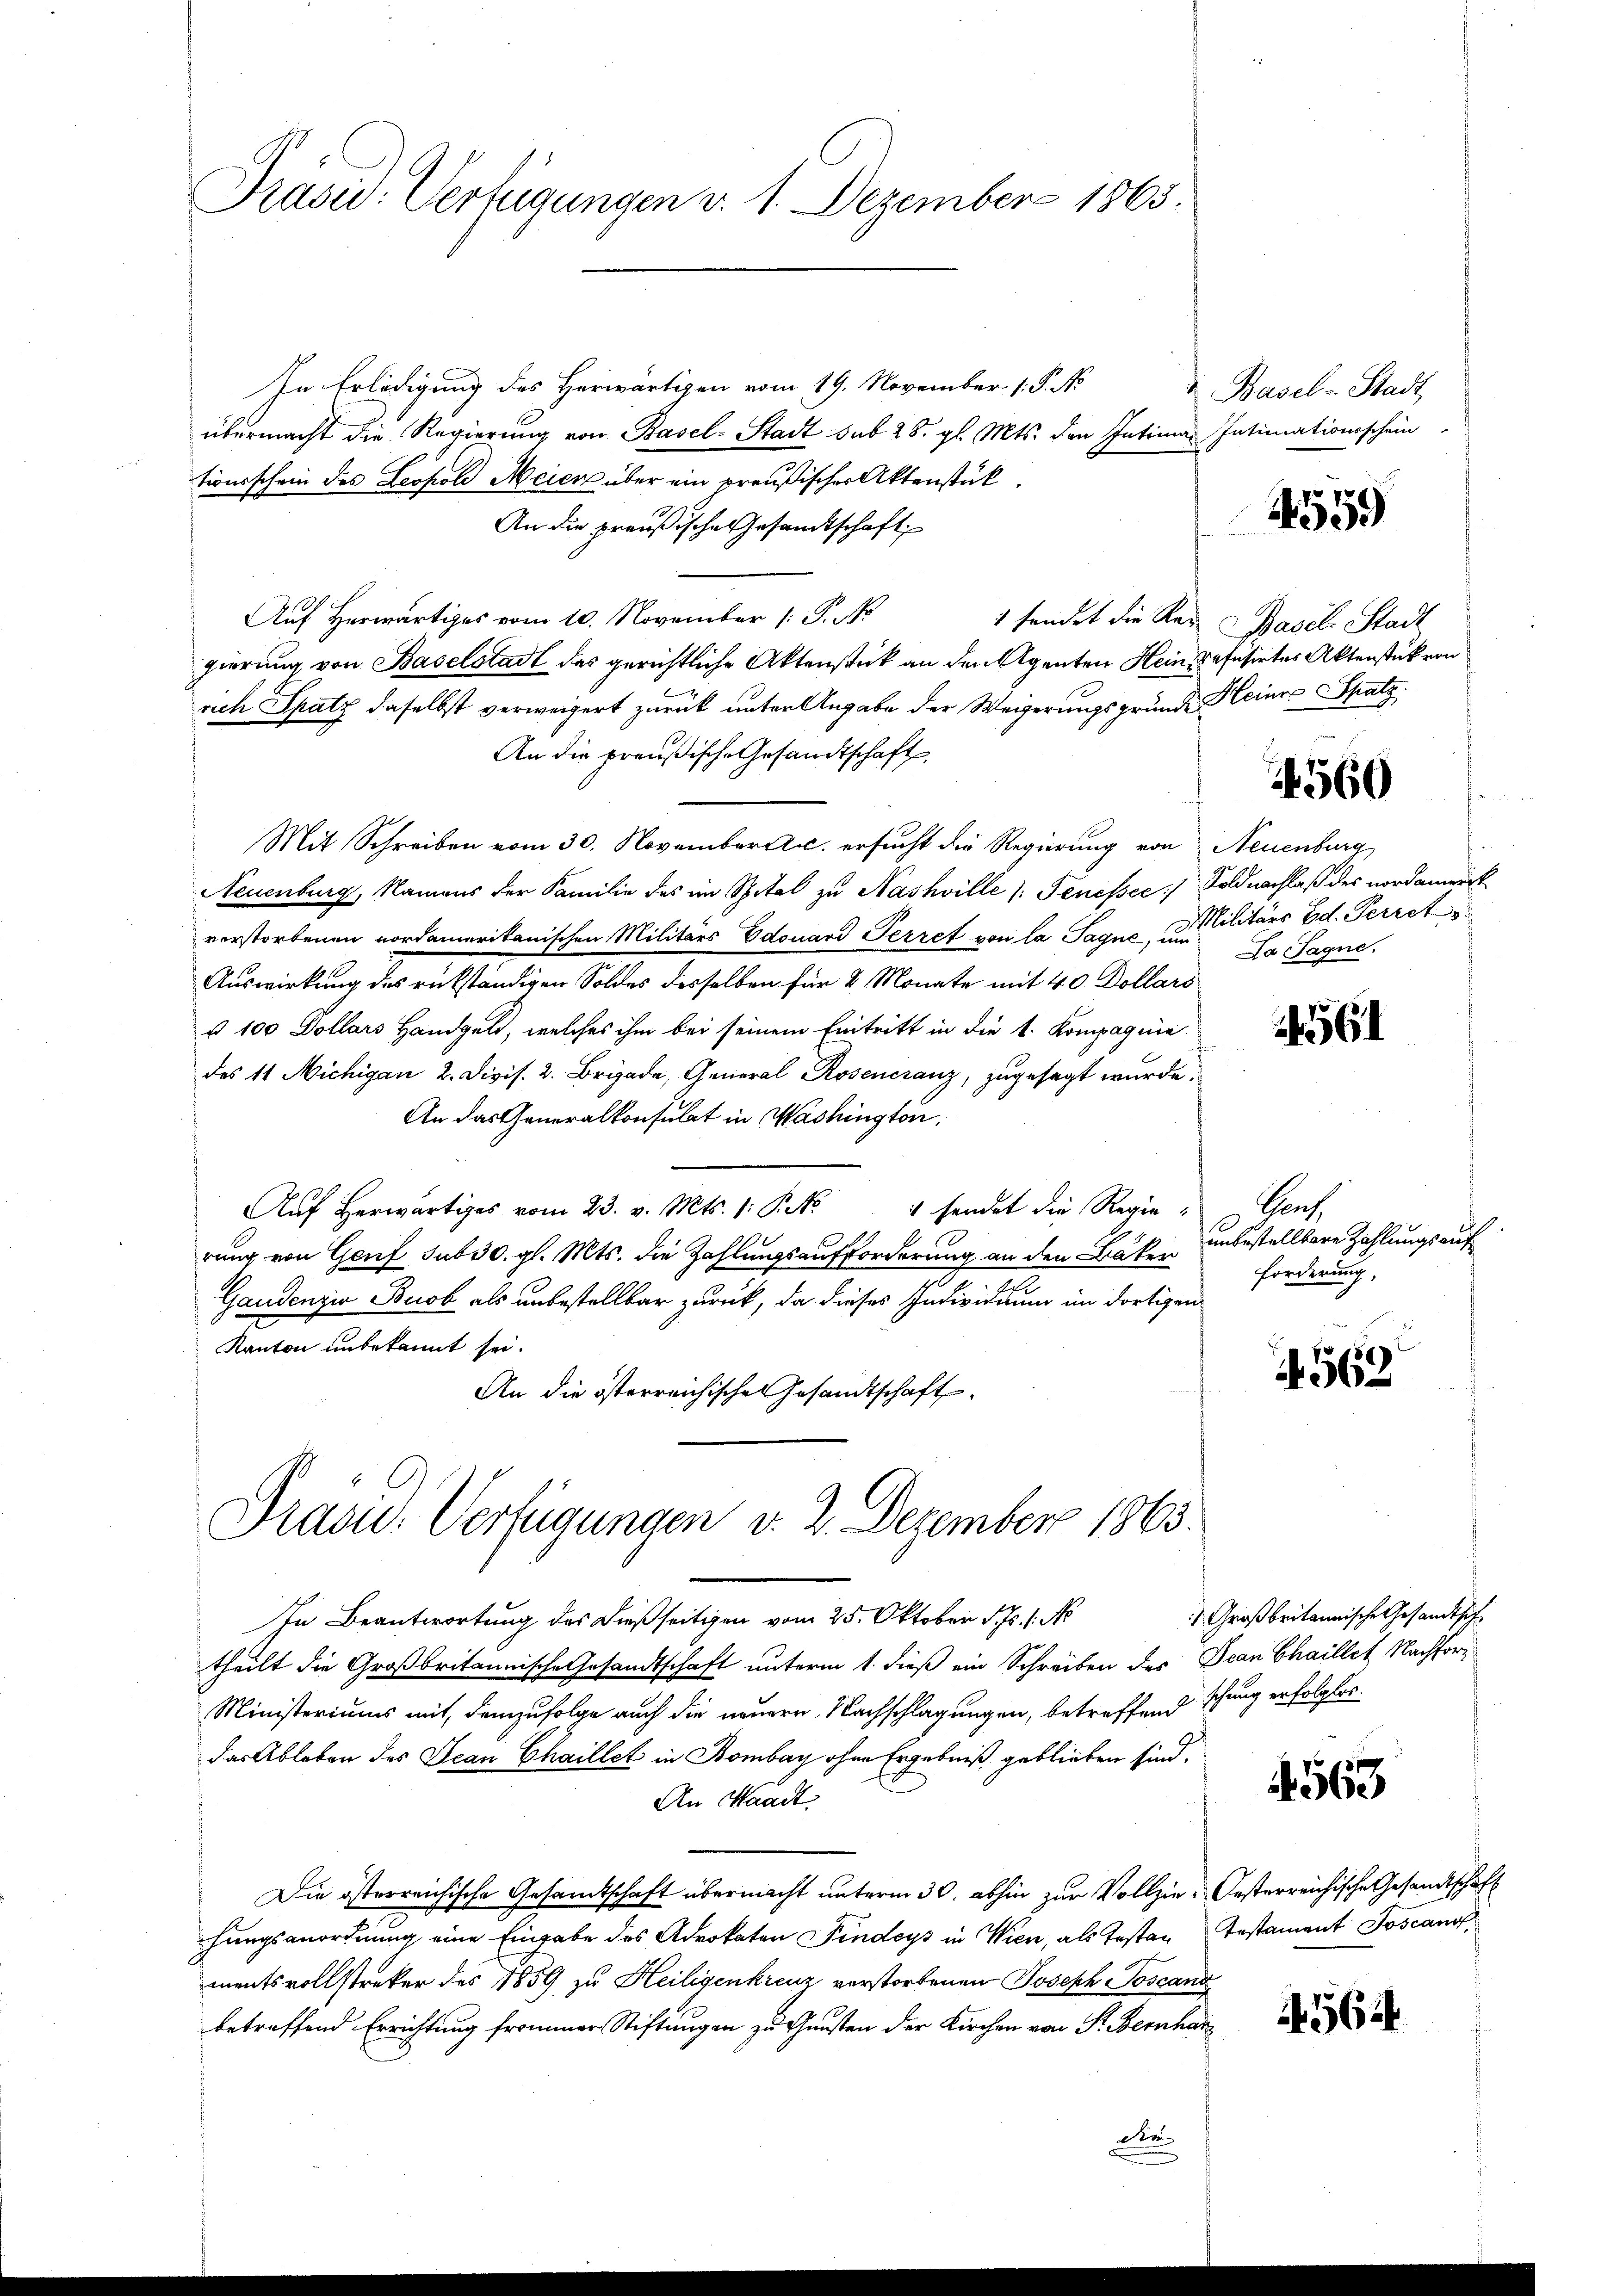
Präsid. Verfügungen v. 1. Dezember 1863.

In Erledigung des Herwärtigen vom 19. November 1. P. N.
übermacht die Regierung von Basel-Stadt sub 28. gl. Mts. den Intima Intimationsschein
tionsschein des Leopold Meier über ein preußischer Aktenstück
An die preußische Gesandtschaft
Auf Herwärtiges vom 10. November 1 S. 1
1 fandet die Regierung von Baselstadt das gerichtliche Aktenstück an den Agenten Hein Befüsirtes Aktenstück von
rich Spatz daselbst verweigert zurück unter Angabe der Weigerungsgründe Heiner Spats
An die preußische Gesandtschaft,
Mit Schreiben vom 30. November A. ersucht die Regierung von Neuenburg
Neuenburg, Namens der Familie des im Spital zu Nashville (Tenessec:/ Soldnachlaß des nordanwick
verstorbenen nordamerikanischen Militärs Edouard Perret von la Tague, um
Auswirkung des rükständigen Soldes desselben für 2 Monate mit 40 Dollars
§ 100 Dollars Handgeld, welches ihm bei seinem Eintritt in die 1. Kompagnie
des 11 Michigan 2. Divis. 2. Brigade, General Roseneranz, zugesagt wurde.
An das Generalkonsulat in Washington
ŭf herwärtiges vom 23. v. Mts. 1. P. 4 sendet die Regierung von Genf sub 30. gl. Mts. die Zahlungsaufforderung an den Bäker
Gaudenzia Buob als unbestellbar zurück, da dieses Individuum im dortigen
Kanton unbekannt sei.
An die österreichische Gesandtschaft
Präsid.. Verfügungen v. 2. Dezember 1863.
In Beantwortung des dießseitigen vom 25. Oktober d. Js. 1. No
theilt die Großbritannische Gesandtschaft unterm 1. dieß ein Schreiben des Jean Chaillet Nachfor¬
Ministeriums mit demzufolge auch die neuern, Nachschlagungen, betreffend
das Ableben des Jean Chaillet in Bombar ohne Ergebniß geblieben sind.
An Waadt,
Die österreichische Gesandtschaft übermacht unterm 30. abhin zur Vollzie-Oesterreichische Gesandtschaft
chungsanordnung eine Eingabe des Advokaten Findeys in Wien, als Testan Instament Joscano
mentsvollstreker des 1859 zu Heiligenkreuz verstorbenen Joseph Toscanz
betreffend Errichtung frommer Stiftungen zu Gunsten der Kirchen von Sr. Bernhar
de

Basel-Stadt,

4559

Basel. Stadt

4560

Militärs Ed. Feriet
Da Jagne.

4561

Grah
unbestelltere Zahlungs auf
Forderung,

562

Großbritannische Gesandtsich
schung erfolglos.

4563

456